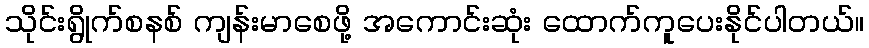
သိုင်းရွိုက်စနစ် ကျန်းမာစေဖို့ အကောင်းဆုံး ထောက်ကူပေးနိုင်ပါတယ်။